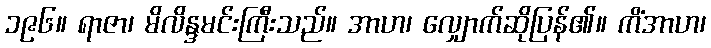
၁၉၆။ ရာဇာ၊ မိလိန္ဒမင်းကြီးသည်။ အာဟ၊ လျှောက်ဆိုပြန်၏။ ကိံအာဟ၊